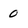
Character: 0